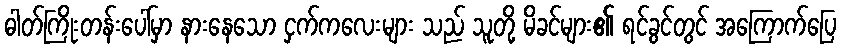
ဓါတ်ကြိုးတန်းပေါ်မှာ နားနေသော ငှက်ကလေးများ သည် သူတို့ မိခင်များ၏ ရင်ခွင်တွင် အကြောက်ပြေ